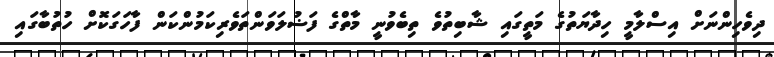
ދިވެހިންްނަށް އިސްލާމީ ހިދާޔަތުގެ މަތީގައި ޝާބިތުވެ ތިބެވުނީ މާތްގެ ފަޟުލަވަންތަވެރިކަމުންކަން ފާހަގަކޮށް ހުތުބާގަައި